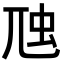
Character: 虺